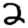
Digit: 2